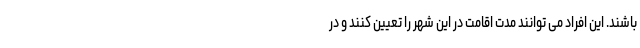
باشند. این افراد می توانند مدت اقامت در این شهر را تعیین کنند و در